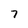
Character: 7